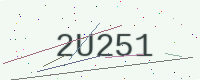
Text: 2U251